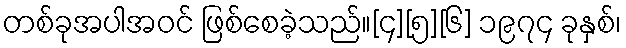
တစ်ခုအပါအဝင် ဖြစ်စေခဲ့သည်။[၄][၅][၆] ၁၉၇၄ ခုနှစ်၊